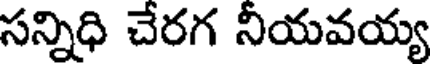
సన్నిధి చేరగ నీయవయ్య